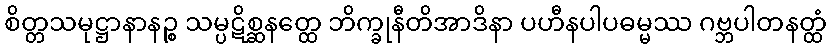
စိတ္တသမုဋ္ဌာနာနဉ္စ သမ္ပဋိစ္ဆနတ္ထေ ဘိက္ခုနီတိအာဒိနာ ပဟီနပါပဓမ္မဿ ဂဗ္ဘပါတနတ္ထံ